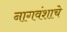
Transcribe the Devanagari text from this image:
नागवंशाचे